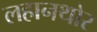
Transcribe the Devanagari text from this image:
लहानथोर